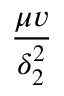
\frac { \mu v } { \delta _ { 2 } ^ { 2 } }